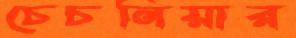
চেচনিয়ার